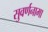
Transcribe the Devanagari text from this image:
सुवर्णनामा